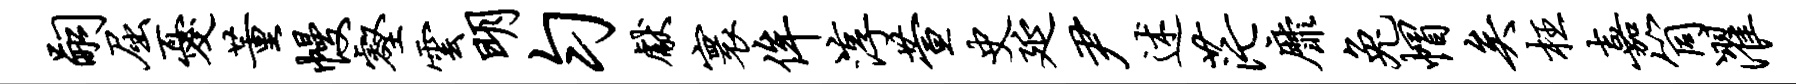
嗣屈忧董幔壑云明匀献寰侔淳萱史延尹述茫靡兔帽矣枉嘉筒濯